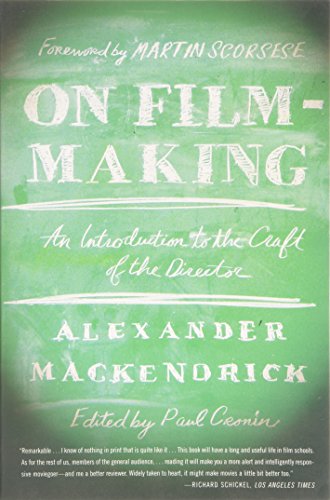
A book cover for On Film-making: An Introduction to the Craft of the Director; Alexander Mackendrick; Humor & Entertainment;